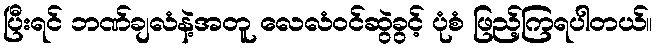
ပြီးရင် ဘဏ်ချလံနဲ့အတူ လေလံဝင်ဆွဲခွင့် ပုံစံ ဖြည့်ကြရပါတယ်။